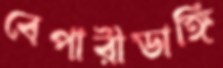
বেপারীডাঙ্গি